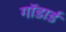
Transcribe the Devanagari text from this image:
गॉडार्ड